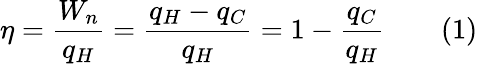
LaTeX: \eta={\frac{W_{n}}{q_{H}}}={\frac{q_{H}-q_{C}}{q_{H}}}=1-{\frac{q_{C}}{q_{H}}}\qquad(1)